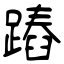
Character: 蹖